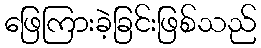
ဖြေကြားခဲ့ခြင်းဖြစ်သည်